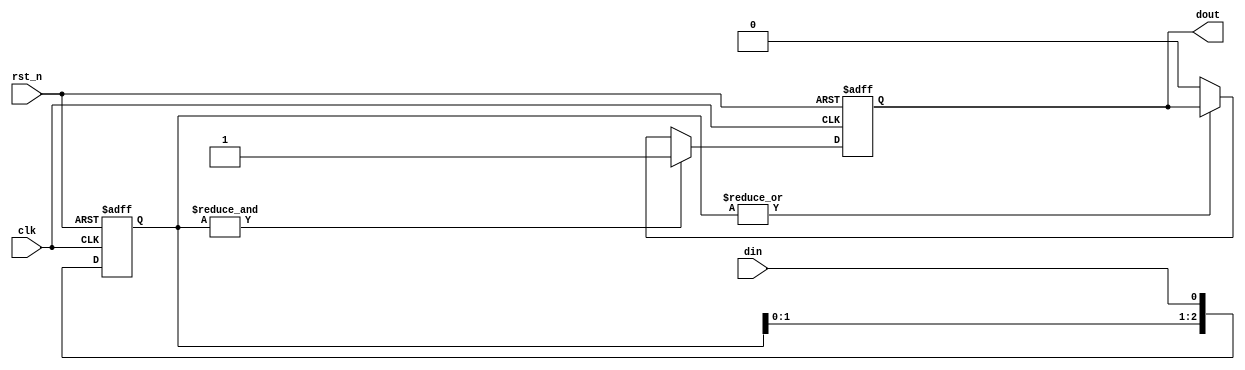
// Debouncer
module debounce #(
    parameter STAGES = 3
)(
    input wire clk,
    input wire rst_n,
    input wire din,
    output reg dout
);
    reg [STAGES-1:0] pipe;

    always@(posedge clk or negedge rst_n) begin : pipe_gen
        if (!rst_n) begin
            pipe <= 0;
            dout <= 1'b0;
        end else begin
            // prime pipe
            pipe <= {pipe[STAGES-2:0], din};

            // output of pipe
            if(&pipe == 1'b1) dout <= 1'b1;
            else if(|pipe == 1'b0) dout <= 1'b0;
        end
    end
endmodule